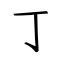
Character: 丁